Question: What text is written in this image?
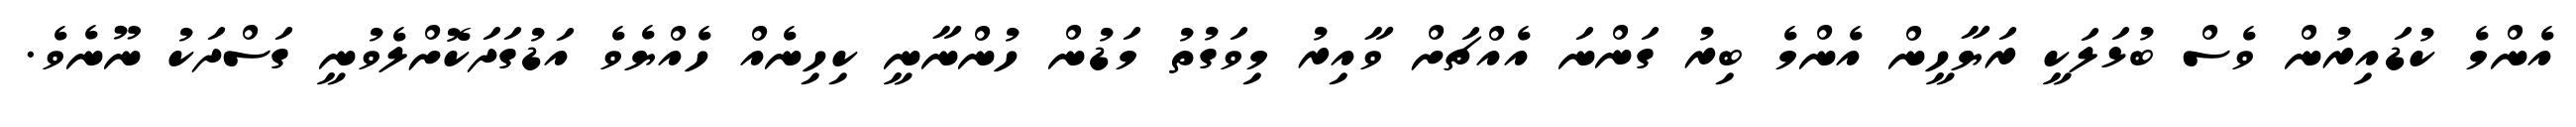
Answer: އެންމެ ކުޑައިރުން ވެސް ބުޅަލަކީ ރަޔާހީން އެންމެ ބިރު ގަންނަ އެއްޗަށް ވާއިރު މިވަގުތު މަޑުން ހުންނާނީ ކިހިނެއް ހެއްޔެވެ އަޑުގަދަކޮށްލެވުނީ ގަސްދަކު ނޫނެވެ.